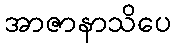
အာဇာနာသိပေ